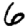
Digit: 6